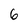
Character: 6